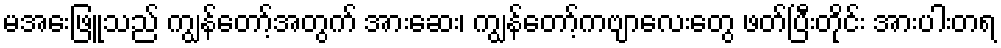
မအေးဖြူသည် ကျွန်တော့်အတွက် အားဆေး၊ ကျွန်တော့်ကဗျာလေးတွေ ဖတ်ပြီးတိုင်း အားပါးတရ